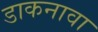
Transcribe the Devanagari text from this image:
डाकनावा